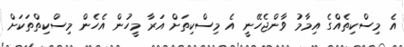
އެ މިސްކިތެއްގެ އިމާމު ވާންޖެހޭނީ އެ މިސްކިތަށް އަރާ މީހުން އެހެން މިސްކިތްތަކަށް